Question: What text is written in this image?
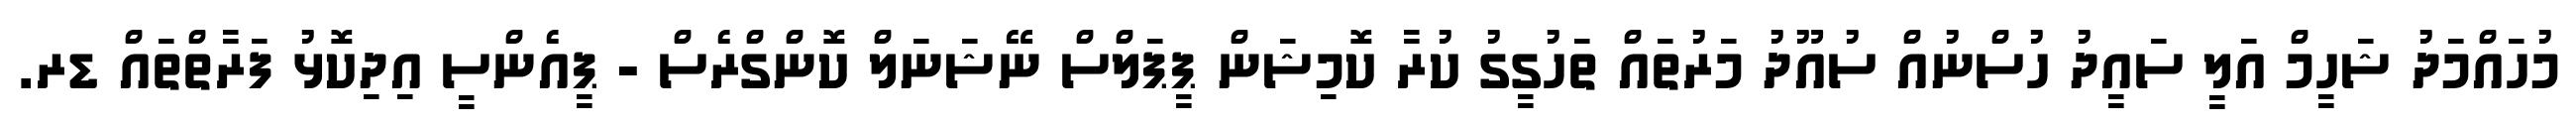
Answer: މުހައްމަދު ޝަހީމް އަލީ ސައީދު ހުސްނުއް ސުއޫދު މަރުތައް ތަހުގީގު ކުރާ ކޮމިޝަން ޕީޕަލްސް ނޭޝަނަލް ކޮންގްރެސް - ޕީއެންސީ އިދިކޮޅު ފަރާތްތައް ޑރ.